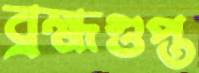
ব্রহ্মগুপ্ত